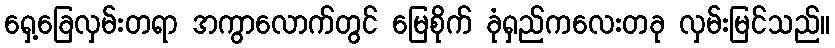
ရှေ့ခြေလှမ်းတရာ အကွာလောက်တွင် မြေစိုက် ခုံရှည်ကလေးတခု လှမ်းမြင်သည်။